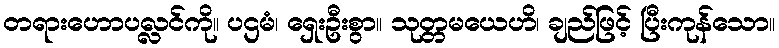
တရားဟောပလ္လင်ကို။ ပဌမံ၊ ရှေးဦးစွာ။ သုတ္တမယေဟိ၊ ချည်ဖြင့် ပြီးကုန်သော။